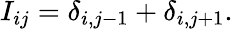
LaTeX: I_{ij}=\delta_{i,j-1}+\delta_{i,j+1}.